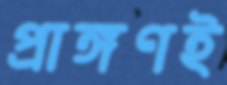
প্রাঙ্গণই